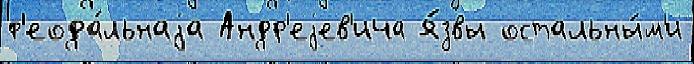
ф'еода́льнаjа Андр'еjев'ича я́звы остальны́м'и